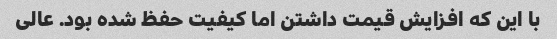
با این که افزایش قیمت داشتن اما کیفیت حفظ شده بود. عالی